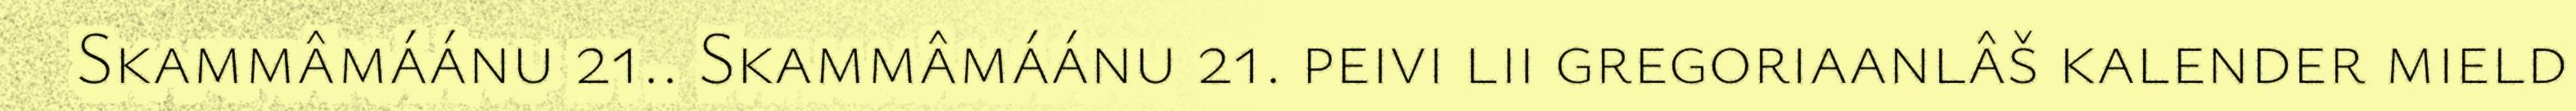
Skammâmáánu 21.. Skammâmáánu 21. peivi lii gregoriaanlâš kalender mield